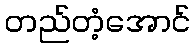
တည်တံ့အောင်